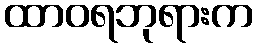
ထာဝရဘုရားက